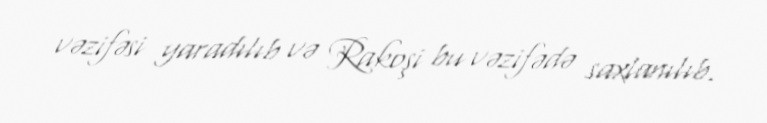
vəzifəsi yaradılıb və Rakoşi bu vəzifədə saxlanılıb.